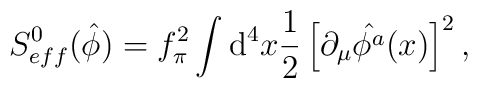
S_{eff}^{0}(\hat{\phi})=f_{\pi}^{2}\int {\rm d}^{4}x \frac{1}{2}\left[ \partial_{\mu}\hat{\phi^{a}}(x) \right]^{2},